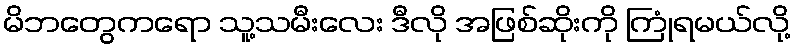
မိဘတွေကရော သူ့သမီးလေး ဒီလို အဖြစ်ဆိုးကို ကြုံရမယ်လို့